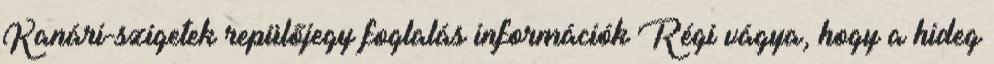
Kanári-szigetek repülőjegy foglalás információk Régi vágya, hogy a hideg